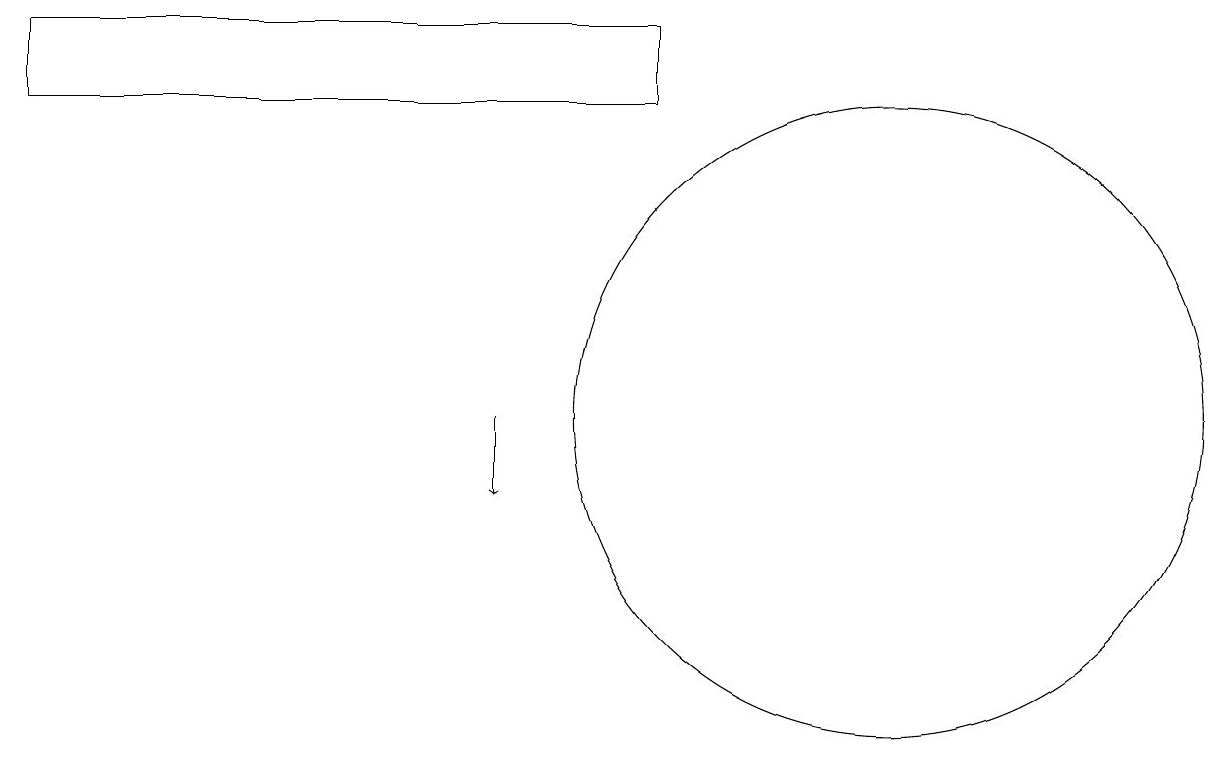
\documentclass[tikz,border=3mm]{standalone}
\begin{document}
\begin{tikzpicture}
\draw (11,12) circle (4);
\draw (8,16) rectangle (0,17);
\draw[->] (6,12) -- (6,11);
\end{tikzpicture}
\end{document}